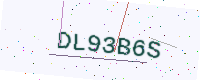
Text: DL93B6S